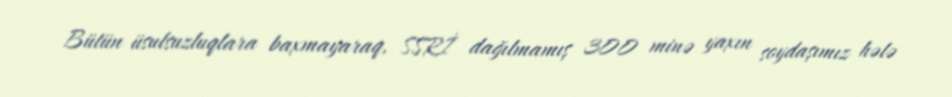
Bütün üsulsuzluqlara baxmayaraq, SSRİ dağılmamış 300 minə yaxın soydaşımız hələ